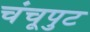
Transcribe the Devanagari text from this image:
चंचूपुट